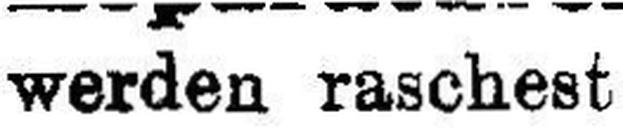
werden raschest